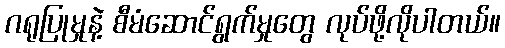
ဂရုပြုမှုနဲ့ စီမံဆောင်ရွက်မှုတွေ လုပ်ဖို့လိုပါတယ်။